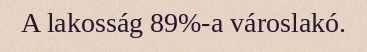
A lakosság 89%-a városlakó.